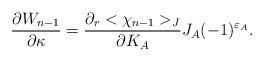
LaTeX: \begin{align*}{\partial W_{n-1}\over \partial \kappa}={\partial_r <\chi_{n-1}>_J\over \partial K_A}J_A(-1)^{\varepsilon_A}.\end{align*}